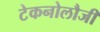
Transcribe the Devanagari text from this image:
टेकनोलौजी